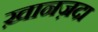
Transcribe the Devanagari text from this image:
ख़ानज़दा